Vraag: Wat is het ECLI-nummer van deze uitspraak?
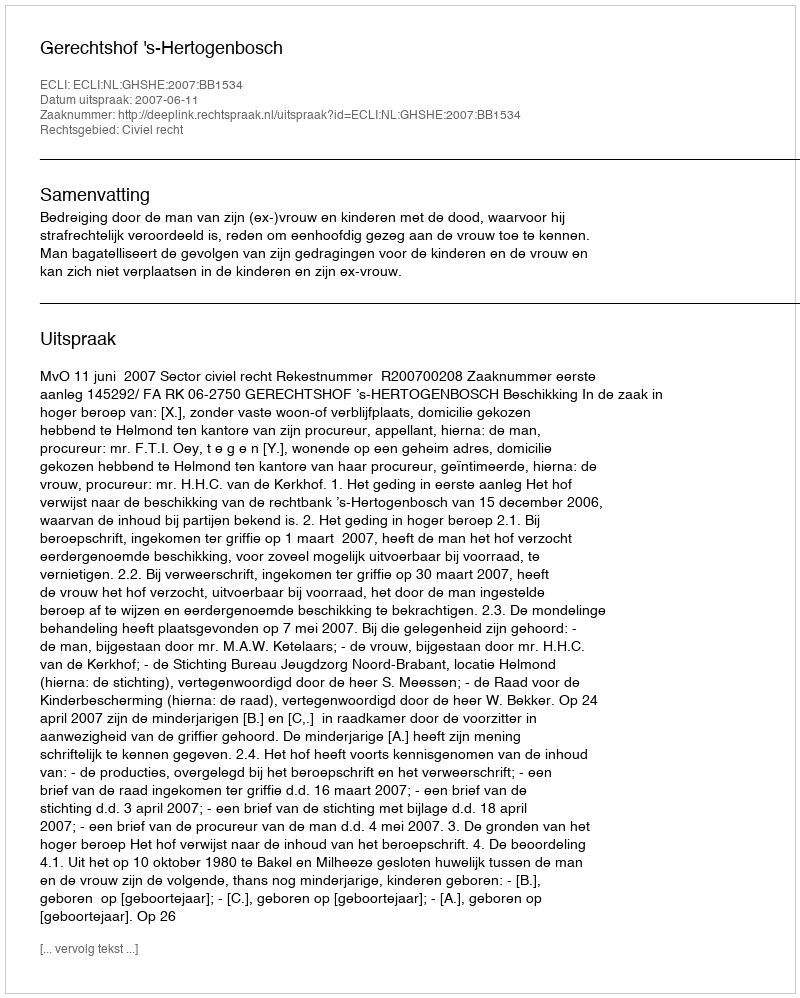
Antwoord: ECLI:NL:GHSHE:2007:BB1534